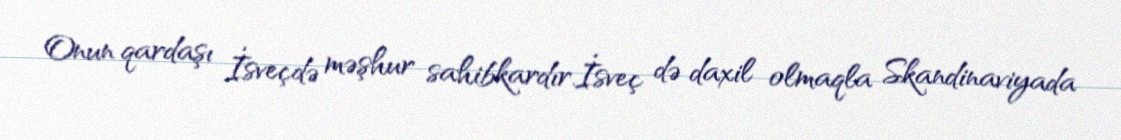
Onun qardaşı İsveçdə məşhur sahibkardır.İsveç də daxil olmaqla Skandinaviyada